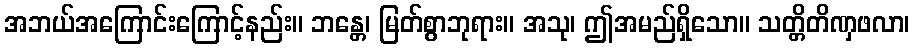
အဘယ်အကြောင်းကြောင့်နည်း။ ဘန္တေ၊ မြတ်စွာဘုရား။ အသု၊ ဤအမည်ရှိသော။ သတ္တိတိဏှဖလာ၊